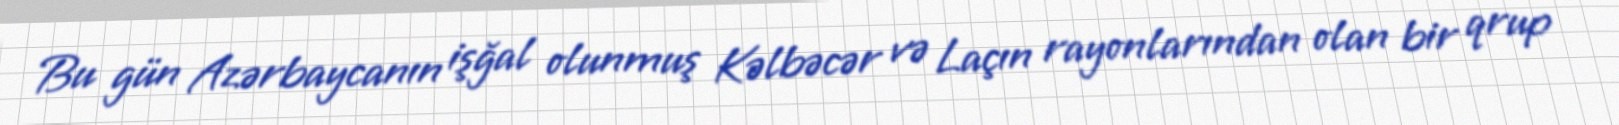
Bu gün Azərbaycanın işğal olunmuş Kəlbəcər və Laçın rayonlarından olan bir qrup